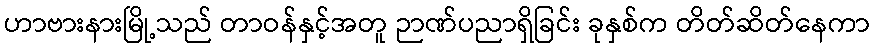
ဟာဗားနားမြို့သည် တာဝန်နှင့်အတူ ဉာဏ်ပညာရှိခြင်း ခုနှစ်က တိတ်ဆိတ်နေကာ